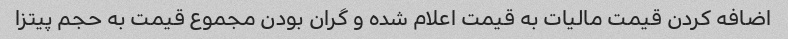
اضافه کردن قیمت مالیات به قیمت اعلام شده و گران بودن مجموع قیمت به حجم پیتزا